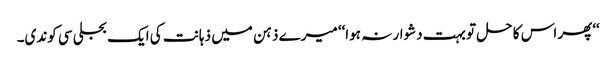
‘‘پھر اس کا حل تو بہت دشوار نہ ہوا‘‘ میرے ذہن میں ذہانت کی ایک بجلی سی کوندی۔